Report on the working of the Ranchi Indian Mental Hospital, Kanke, in Bihar and Orissa - 1930-1940
Year: 1930
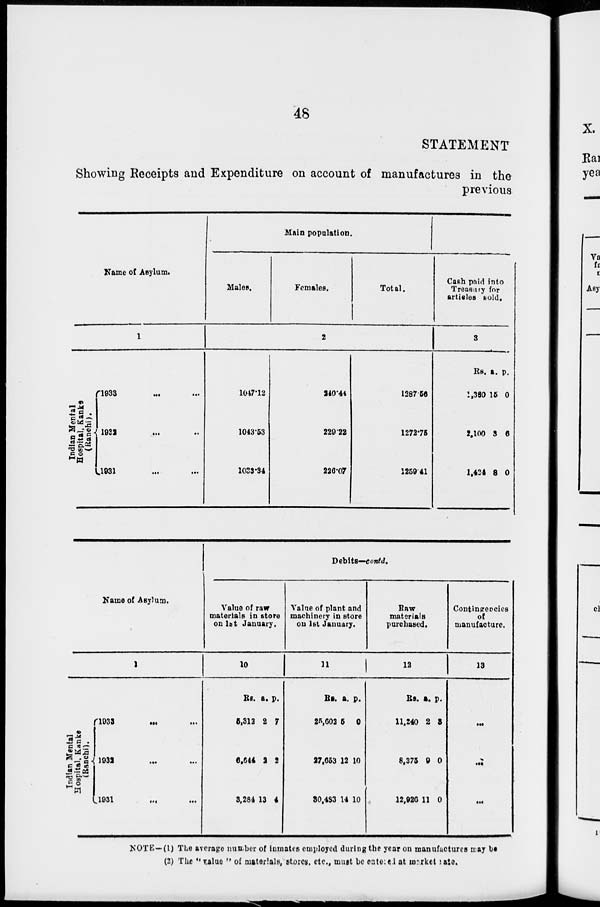
48
STATEMENT
Showing Receipts and Expenditure on account of manufactures in the
previous
Name of Asylum.
1
Indian Mental
Hospital, Kanke
(Ranchi).
1933 ... ...
1932 ... ...
1931
...
...
Main population.
Males.
Females.
Total.
2
1047.12
1043.53
1033.34
240.44
229.22
226.07
1287.56
1272.75
1259.41
Cash paid into
Treasury for
articles sold.
3
Rs.
1,380
2,100
1,424
a.
15
3
8
p.
0
6
0
Name of Asylum.
1
Indian Mental
Hospital, Kanke
(Ranchi).
1933
... ...
1932 ... ...
1931
...
...
Debits—contd.
Value of raw
materials in store
on 1st January.
10
Rs.
5,312
6,644
3,284
a.
2
2
13
p.
7
2
4
Value of plant and
machinery in store
on 1st January.
11
Rs.
25,602
27,653
30,483
a.
5
12
14
p.
0
10
10
Raw
materials
purchased.
12
Rs.
11,240
8,375
12,926
a.
2
9
11
p.
3
0
0
Contingencies
of
manufacture.
13
...
...
...
NOTE—(1) The average number of inmates employed during the year on manufactures may be
(2) The " value " of materials, stores, etc., must be entered at market rate.